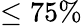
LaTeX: \le 75\%